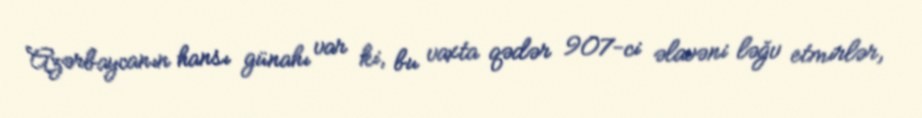
Azərbaycanın hansı günahı var ki, bu vaxta qədər 907-ci əlavəni ləğv etmirlər,